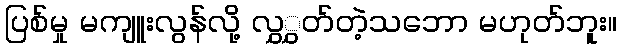
ပြစ်မှု မကျူးလွန်လို့ လွှွှတ်တဲ့သဘော မဟုတ်ဘူး။